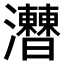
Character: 𤅍